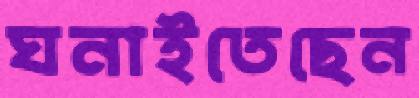
ঘনাইতেছেন